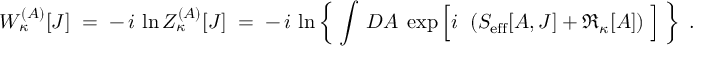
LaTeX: W _ { \kappa } ^ { ( { \cal A } ) } [ { \cal J } ] \; = \; - \, i \, \ln Z _ { \kappa } ^ { ( { \cal A } ) } [ { \cal J } ] \; = \; - \, i \, \ln \left\{ \; \int \, { \cal D } { \cal A } \; \exp \left[ i \, \frac { } { } \left( S _ { \mathrm { e f f } } [ { \cal A } , { \cal J } ] + \Re _ { \kappa } [ { \cal A } ] \right) \; \right] \; \right\} \; .